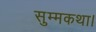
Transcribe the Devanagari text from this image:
सुम्मकथा।